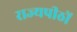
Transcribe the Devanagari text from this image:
राज्यपीठों